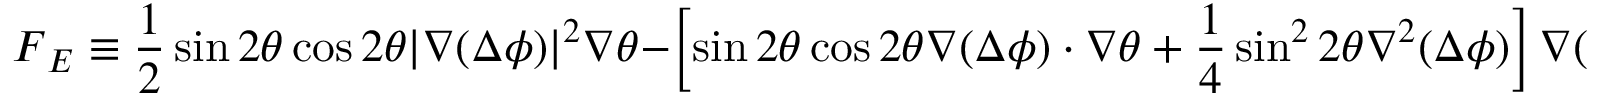
\boldsymbol { F } _ { E } \equiv \frac { 1 } { 2 } \sin 2 \theta \cos 2 \theta | \boldsymbol { \nabla } ( \Delta \phi ) | ^ { 2 } \boldsymbol { \nabla } \theta - \left[ \sin 2 \theta \cos 2 \theta \boldsymbol { \nabla } ( \Delta \phi ) \cdot \boldsymbol { \nabla } \theta + \frac 1 4 \sin ^ { 2 } 2 \theta \nabla ^ { 2 } ( \Delta \phi ) \right] \boldsymbol { \nabla } ( \Delta \phi ) ,